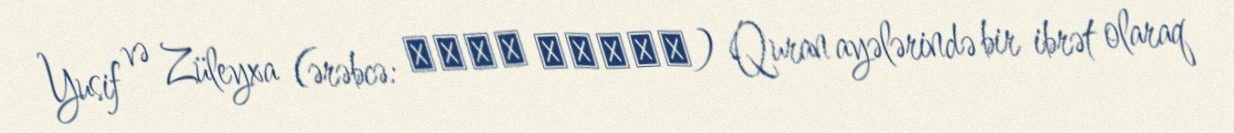
Yusif və Züleyxa (ərəbcə: يوسف زلیخا) Quran ayələrində bir ibrət olaraq